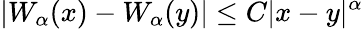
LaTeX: |W_{\alpha}(x)-W_{\alpha}(y)|\leq C|x-y|^{\alpha}